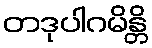
တဒုပါဂမိန္တိ